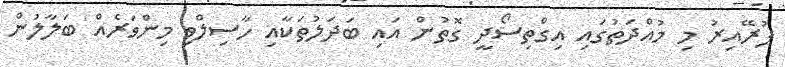
ފުރޭއިރު މި މުއްދަތުގައި އިގްތިސޯދީ ގޮތުން އައި ބަދަލުތަކާއި ހާސިލްވި މިންވަރެއް ބަލާލުން